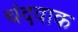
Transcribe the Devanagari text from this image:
चंदवाक